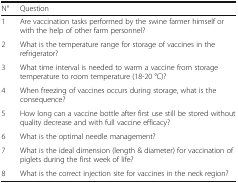
<table><thead><tr><td><b>N°</b></td><td><b>Question</b></td></tr></thead><tbody><tr><td>1</td><td>Are vaccination tasks performed by the swine farmer himself or with the help of other farm personnel?</td></tr><tr><td>2</td><td>What is the temperature range for storage of vaccines in the refrigerator?</td></tr><tr><td>3</td><td>What time interval is needed to warm a vaccine from storage temperature to room temperature (18-20 °C)?</td></tr><tr><td>4</td><td>When freezing of vaccines occurs during storage, what is the consequence?</td></tr><tr><td>5</td><td>How long can a vaccine bottle after first use still be stored without quality decrease and with full vaccine efficacy?</td></tr><tr><td>6</td><td>What is the optimal needle management?</td></tr><tr><td>7</td><td>What is the ideal dimension (length &amp; diameter) for vaccination of piglets during the first week of life?</td></tr><tr><td>8</td><td>What is the correct injection site for vaccines in the neck region?</td></tr></tbody></table>